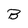
Character: B